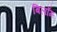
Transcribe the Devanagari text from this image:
बिलाँग